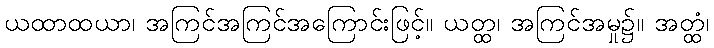
ယထာထယာ၊ အကြင်အကြင်အကြောင်းဖြင့်။ ယတ္ထ၊ အကြင်အမှု၌။ အတ္ထံ၊